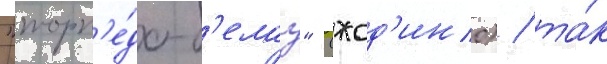
"торп'е́до-б'елаз" (жод'ино) / та́к